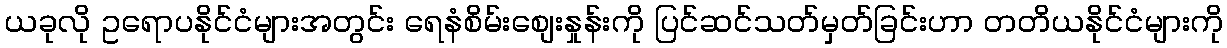
ယခုလို ဥရောပနိုင်ငံများအတွင်း ရေနံစိမ်းစျေးနှုန်းကို ပြင်ဆင်သတ်မှတ်ခြင်းဟာ တတိယနိုင်ငံများကို